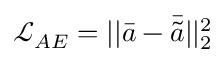
\mathcal { L } _ { A E } = | | \bar { a } - \bar { \tilde { a } } | | _ { 2 } ^ { 2 }